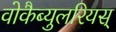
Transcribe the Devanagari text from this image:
वोकैब्युलरियस्